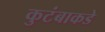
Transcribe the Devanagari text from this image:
कुटंबाकडे